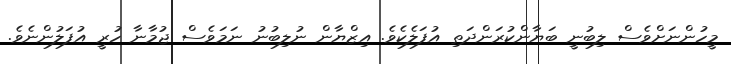
މީހުންނަށްވެސް ލިބުނީ ބަޔާންކުރަންދަތި އުފަލެކެވެ. އިޒްޔާން ނުލިބުނު ނަމަވެސް ޖުމާނާ ހުރީ އުފަލުންނެވެ.